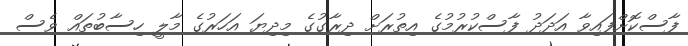
ފާސްކޮށްފައިވާ އަދަދު ފާސްކުރުމުގެ އިތުރަށް ދިރާގުގެ މިދިޔަ އަހަރުގެ މާލީ ހިސާބުތައް ވެސް